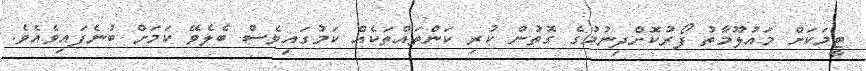
ޓީމަކަށް މައުލޫމާތު ފޯރުކޮށްދިނުމުގެ ގޮތުން ކުރި ކަންތައްތަކެއް ކަމުގައިވެސް ބެލެވޭ ކަމަށް ބުނެފައިވެއެވެ.